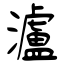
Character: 瀘